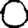
Digit: 0